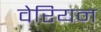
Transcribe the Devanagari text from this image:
वेरियन